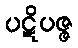
ပဋိပဇ္ဇ